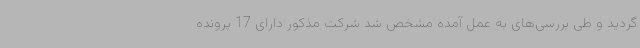
گردید و طی بررسی‌های به عمل آمده مشخص شد شرکت مذکور دارای 17 پرونده